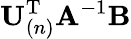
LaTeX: \mathbf{U}_{(n)}^{\mathrm{T}}\mathbf{A}^{-1}\mathbf{B}